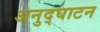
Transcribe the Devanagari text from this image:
अनुद्घाटन